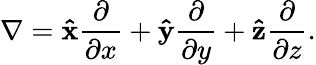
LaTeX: \nabla=\mathbf{\hat{x}}{\frac{\partial}{\partial x}}+\mathbf{\hat{y}}{\frac{\partial}{\partial y}}+\mathbf{\hat{z}}{\frac{\partial}{\partial z}}.